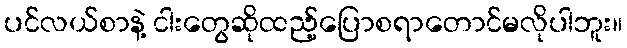
ပင်လယ်စာနဲ့ ငါးတွေဆိုထည့်ပြောစရာတောင်မလိုပါဘူး။